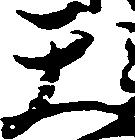
天